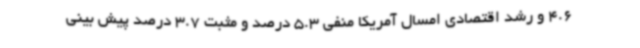
4.6 و رشد اقتصادی امسال آمریکا منفی 5.3 درصد و مثبت 3.7 درصد پیش بینی